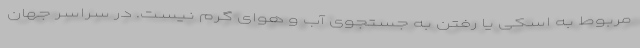
مربوط به اسکی یا رفتن به جستجوی آب و هوای گرم نیست. در سراسر جهان